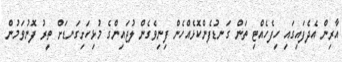
އާރިން އެދެފައިގައި ހިފެހެއްޓި ތަން ގަނޑުފެންކޮޅެއްހެން ފިނިވެގެން ލުޖައިންގެ މުޅިހަށިގަނޑަށް ތީރު ފޮނުވަމުން